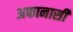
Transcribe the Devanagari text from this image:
अफानासी